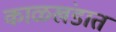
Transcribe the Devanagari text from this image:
काळखंडात